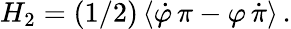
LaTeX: H_{2}=(1/2)\left\langle\dot{\varphi}\, \pi-\varphi\, \dot{\pi}\right\rangle\, .